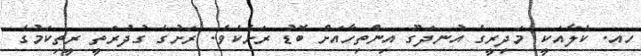
ހއ. ކެލާއަކީ މަދިރީގެ އުނދަގޫ އިންތިހާއަށް ބޮޑު ރަށެކެެވެ. ރަށުގެ ގުދުރަތީ ރީތިކަމުގެ